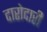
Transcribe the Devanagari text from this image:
दारोदारी